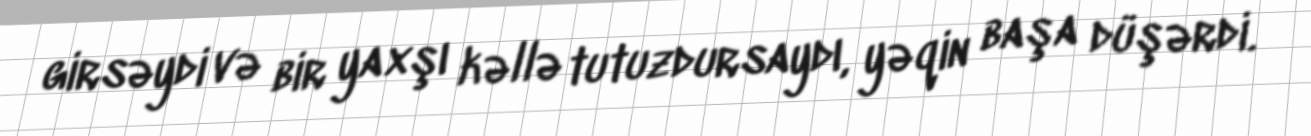
girsəydi və bir yaxşı kəllə tutuzdursaydı, yəqin başa düşərdi.